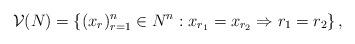
LaTeX: \begin{align*}\mathcal{V}(N)=\left\{(x_r)_{r=1}^n\in N^n: x_{r_1}=x_{r_2}\Rightarrow r_1=r_2\right\},\end{align*}